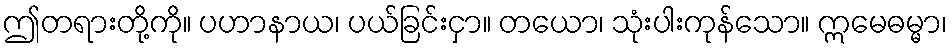
ဤတရားတို့ကို။ ပဟာနာယ၊ ပယ်ခြင်းငှာ။ တယော၊ သုံးပါးကုန်သော။ ဣမေဓမ္မာ၊